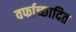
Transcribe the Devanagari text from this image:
वर्फाच्‍छादित